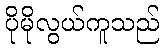
ပိုမိုလွယ်ကူသည်